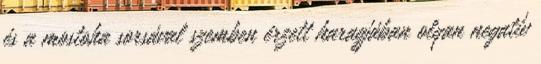
és a mostoha sorsával szemben érzett haragjában olyan negatív